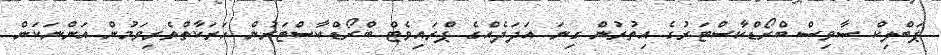
ޕަބްލިކް ސާވިސް ބްރޯޑްކާސްޓަރުގެ އިތުރުން ގިނަ އަދަދެއްގެ ޕްރައިވެޓް ބްރޯޑްކާސްޓަރުން ހަރަކާތްތެރިވަމުން އަންނަކަން